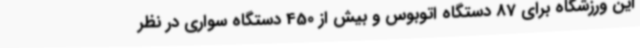
این ورزشگاه برای 87 دستگاه اتوبوس و بیش از 450 دستگاه سواری در نظر